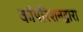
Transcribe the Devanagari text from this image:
कॉर्पोरेशनद्वारा